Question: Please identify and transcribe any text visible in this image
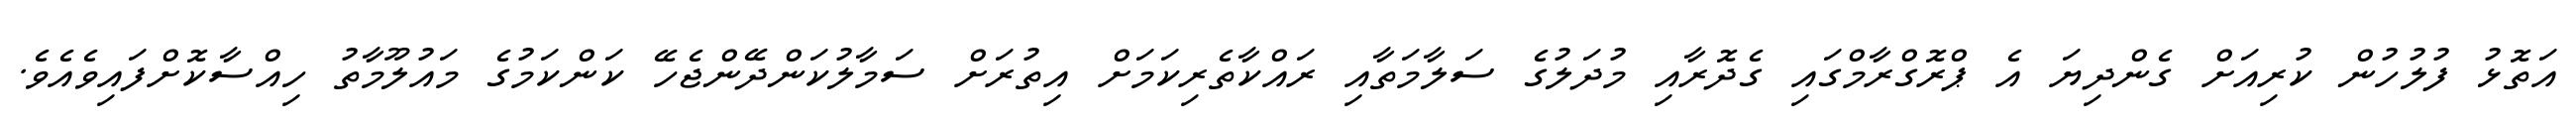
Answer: އަތޮޅު ފުލުހުން ކުރިއަށް ގެންދިޔަ އެ ޕްރޮގްރާމްގައި ގެދޮރާއި މުދަލުގެ ސަލާމަތާއި ރައްކާތެރިކަމަށް އިތުރަށް ސަމާލުކަންދޭންޖެހޭ ކަންކަމުގެ މައުލޫމާތު ހިއްސާކޮށްފައިވެއެވެ.